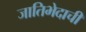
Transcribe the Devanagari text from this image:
जातिभेदाची